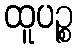
ထူပဉ္စ